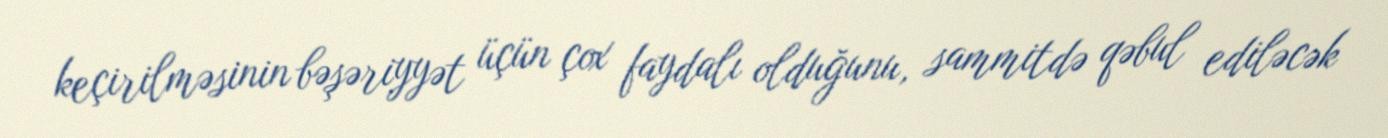
keçirilməsinin bəşəriyyət üçün çox faydalı olduğunu, sammitdə qəbul ediləcək